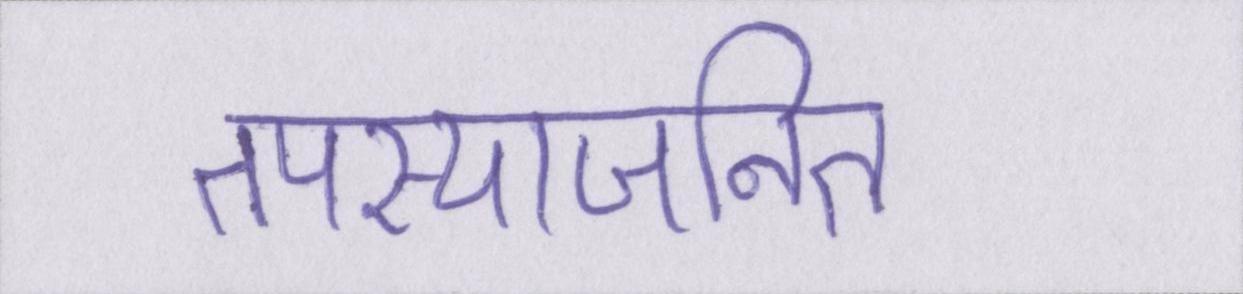
तपस्याजनित